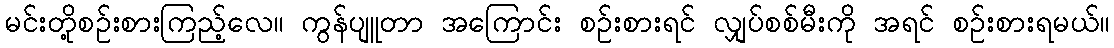
မင်းတို့စဉ်းစားကြည့်လေ။ ကွန်ပျူတာ အကြောင်း စဉ်းစားရင် လျှပ်စစ်မီးကို အရင် စဉ်းစားရမယ်။